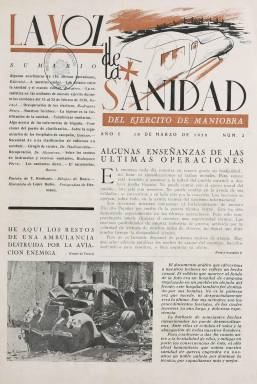
Título: La Voz de la sanidad del Ejército de Maniobra
Otros títulos: Voz de la sanidad
Colección: Medicina militar || Guerra civil
Ámbito geográfico: Valencia
Lugar de publicación: Valencia
Fechas: 10/03/1938-31/05/1938

Periódico editado en Valencia por una unidad sanitaria del Ejército republicano en 1938. La publicación comenzó en febrero con periodicidad quincenal y concluyó siendo mensual con el último número, publicado en mayo. De los seis números que se editaron la Biblioteca Nacional de España posee cuatro.

    Uno de los aspectos destacados de este efímero periódico de guerra es la participación en él del dramaturgo Antonio Buero Vallejo, tanto como escritor como ilustrador. Buero, que obtendría el Premio Cervantes en 1986, contaba 22 años cuando era un soldado adscrito a la Jefatura de Sanidad del Ejército de Levante. Militante del PCE, al término de la guerra fue condenado a muerte, pero al final la pena le fue conmutada por años de prisión.

     El trabajo de Buero en este periódico consiste en dibujos esquemáticos relacionados con los puestos sanitarios en el frente de batalla y la organización de los hospitales de campaña, así como una original colaboración literaria que se publicaba generalmente en la última página. Se trata de un extenso comentario sobre cuadros de tema sanitario de pintores clásicos. Así, por ejemplo, en el número 4 el artículo se centra en el cuadro la ‘Lección de Anatomía’ de Rembrandt, y en el número 6 es una pintura de camilleros, obra de Goya. Antes de la guerra, Buero había estudiado Bellas Artes en la Academia de San Fernando y alternaba las clases con su asistencia al teatro y la lectura.

   El periódico contaba con 16 páginas al principio que fue aumentando en alguna más en los últimos números. Más que dar noticia de combates o de episodios relacionados con la guerra, la publicación estaba centrada en temas sanitarios con artículos de fondo sobre la materia escritos por profesionales. Las heridas de los combatientes y su tratamiento tenían una atención especial en cada uno de los números, así como la estrategia para reducir el número de bajas por enfermedad.

    Además, la información gráfica era sobresaliente. Aparte de los esquemas dibujados por Buero Vallejo, se pueden ver fotografías ilustrativas de los trabajos realizados por la unidad sanitaria, así como imágenes propagandísticas que transmiten la idea de la barbarie del enemigo. Por ejemplo, en la portada del número 2 se ven los restos de una ambulancia destruida por la aviación enemiga y se informa de la destrucción también de un hospital de campaña situado en un pueblo alejado del frente de guerra.

  En el periódico había también espacio para el humor. Una de las páginas estaba dedicada a una tira cómica que tenía como protagonista a ‘Canuto el sanitario’.

[Descripción publicada el 12/09/2022]